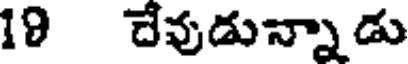
19 దేవుడున్నాడు